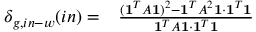
\begin{array} { r l } { \delta _ { g , i n - w } ( i n ) = } & { { } \frac { ( \mathbf { 1 } ^ { T } A \mathbf { 1 } ) ^ { 2 } - \mathbf { 1 } ^ { T } { A } ^ { 2 } \mathbf { 1 } \cdot \mathbf { 1 } ^ { T } \mathbf { 1 } } { \mathbf { 1 } ^ { T } A \mathbf { 1 } \cdot \mathbf { 1 } ^ { T } \mathbf { 1 } } } \end{array}